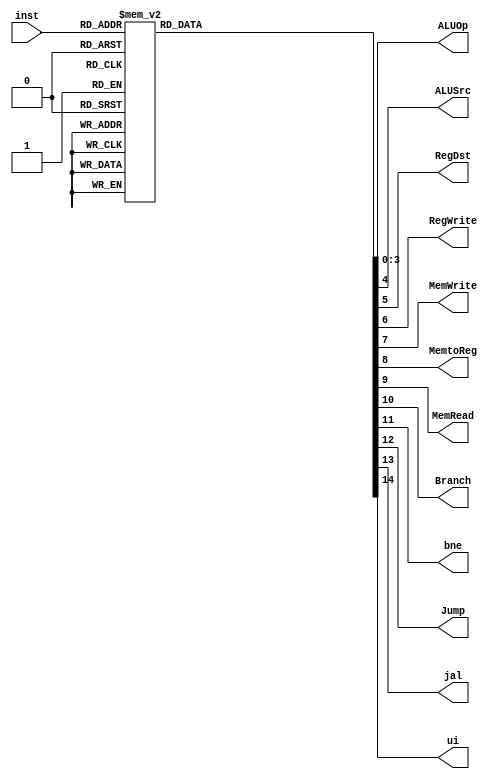
module main_control (input[5:0] inst,
output reg[3:0] ALUOp,
output reg ALUSrc, RegDst, RegWrite, MemWrite, MemtoReg,
MemRead, Branch, bne, Jump, jal, ui);

always @ (inst)
begin
case (inst)
6'b000000: // Rtype instruction
begin
ALUOp=4'b0010; ALUSrc=0; RegDst=1; RegWrite=1; MemWrite=0;
MemtoReg=0; MemRead=0; Branch=0; bne=0; Jump=0; jal=0; ui=0;
end
6'b001111: // lui instruction
begin
ALUOp=4'b0011; ALUSrc=1; RegDst=0; RegWrite=1; MemWrite=0;
MemtoReg=0; MemRead=0; Branch=0; bne=0; Jump=0; jal=0; ui=0;
end
6'b001001: // addui instruction
begin
ALUOp=4'b0000; ALUSrc=1; RegDst=0; RegWrite=1; MemWrite=0;
MemtoReg=0; MemRead=0; Branch=0; bne=0; Jump=0; jal=0; ui=1;
end
6'b001100: // andi instruction
begin
ALUOp=4'b0101; ALUSrc=1; RegDst=0; RegWrite=1; MemWrite=0;
MemtoReg=0; MemRead=0; Branch=0; bne=0; Jump=0; jal=0; ui=1;
end

6'b001101: // ori instruction
begin
ALUOp=4'b0110; ALUSrc=1; RegDst=0; RegWrite=1; MemWrite=0;
MemtoReg=0; MemRead=0; Branch=0; bne=0; Jump=0; jal=0; ui=1;
end
6'b001110: // xori instruction
begin
ALUOp=4'b0111; ALUSrc=1; RegDst=0; RegWrite=1; MemWrite=0;
MemtoReg=0; MemRead=0; Branch=0; bne=0; Jump=0; jal=0; ui=1;
end
6'b001010: // slti instruction
begin
ALUOp=4'b0100; ALUSrc=1; RegDst=0; RegWrite=1; MemWrite=0;
MemtoReg=0; MemRead=0; Branch=0; bne=0; Jump=0; jal=0; ui=0;
end
6'b001011: // sltiu instruction
begin
ALUOp=4'b1001; ALUSrc=1; RegDst=0; RegWrite=1; MemWrite=0;
MemtoReg=0; MemRead=0; Branch=0; bne=0; Jump=0; jal=0; ui=1;
end
6'b000100: // beg instruction
begin
ALUOp=4'b0001; ALUSrc=0; RegDst=0; RegWrite=0; MemWrite=0;
MemtoReg=0; MemRead=0; Branch=1; bne=0; Jump=0; jal=0; ui=0;
end
6'b000101: // bne instruction
begin
ALUOp=4'b0001; ALUSrc=0; RegDst=0; RegWrite=0; MemWrite=0;
MemtoReg=0; MemRead=0; Branch=0; bne=1; Jump=0; jal=0; ui=0;
end
6'b100011: // lu instruction
begin
ALUOp=4'b0000; ALUSrc=1; RegDst=0; RegWrite=1; MemWrite=0;
MemtoReg=1; MemRead=1; Branch=0; bne=0; Jump=0; jal=0; ui=0;
end

6'b101011: // sw instruction
begin
ALUOp=4'b0000; ALUSrc=1; RegDst=0; RegWrite=0; MemWrite=1;
MemtoReg=0; MemRead=0; Branch=0; bne=0; Jump=0; jal=0; ui=0;
end
6'b000010: // j instruction
begin
ALUOp=4'b0000; ALUSrc=0; RegDst=0; RegWrite=0; MemWrite=0;
MemtoReg=0; MemRead=0; Branch=0; bne=0; Jump=1; jal=0; ui=0;
end
6'b000011: // jal instruction
begin
ALUOp=4'b0000; ALUSrc=0; RegDst=0; RegWrite=1; MemWrite=0;
MemtoReg=0; MemRead=0; Branch=0; bne=0; Jump=1; jal=1; ui=0;
end
default:
begin
ALUOp=4'b0000; ALUSrc=0; RegDst=0; RegWrite=0; MemWrite=0;
MemtoReg=0; MemRead=0; Branch=0; bne=0; Jump=0; jal=0; ui=0;
end
endcase
end
endmodule